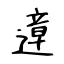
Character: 遧